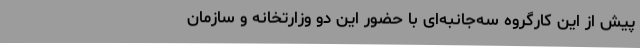
پیش از این کارگروه سه‌جانبه‌ای با حضور این دو وزارتخانه و سازمان